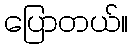
ပြောတယ်။